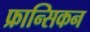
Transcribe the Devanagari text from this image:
फ्रान्सिकन